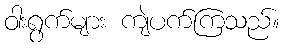
ဝါးရွက်များ ကျဲပက်ကြသည်။